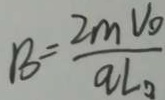
B = \frac { 2 m v _ { o } } { q L _ { 0 } . }